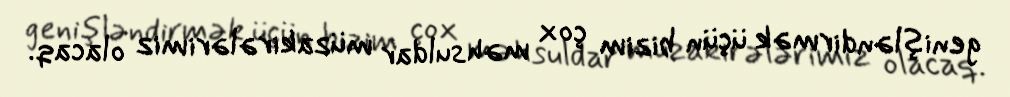
genişləndirmək üçün bizim çox məhsuldar müzakirələrimiz olacaq.